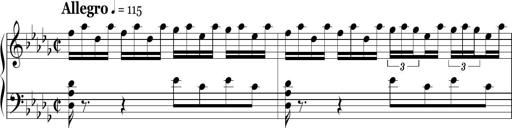
Title: Ten Piano Sonatinas
Composer: Andreas Sain